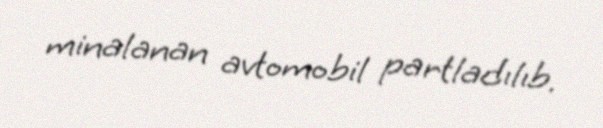
minalanan avtomobil partladılıb.